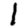
Digit: 1